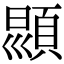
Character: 𩒳